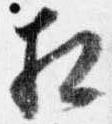
相